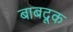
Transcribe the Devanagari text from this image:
बाबदूक